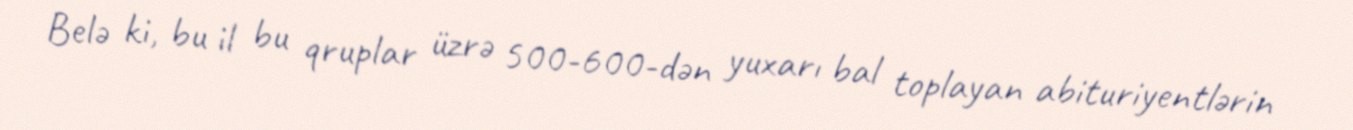
Belə ki, bu il bu qruplar üzrə 500-600-dən yuxarı bal toplayan abituriyentlərin